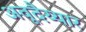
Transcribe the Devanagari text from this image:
अवूदैय्यार